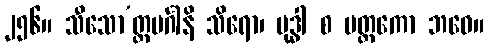
၂၅၆။ သီသော’တ္တမင်္ဂါနိ သိရော၊ မုဒ္ဓါ စ မတ္ထကော ဘဝေ။